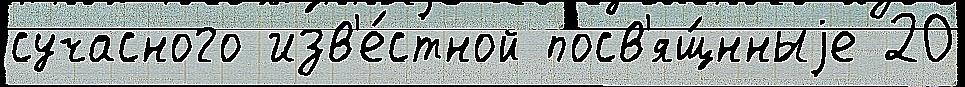
сучасного изв'е́стной посв'ящ́нныjе 20